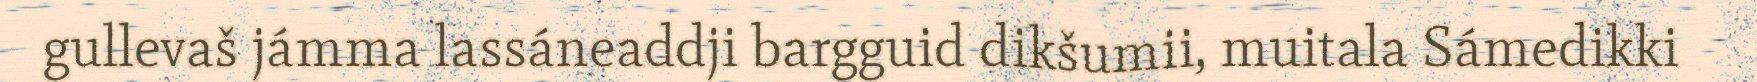
gullevaš jámma lassáneaddji bargguid dikšumii, muitala Sámedikki